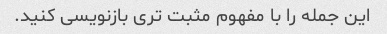
این جمله را با مفهوم مثبت تری بازنویسی کنید.